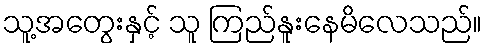
သူ့အတွေးနှင့် သူ ကြည်နူးနေမိလေသည်။